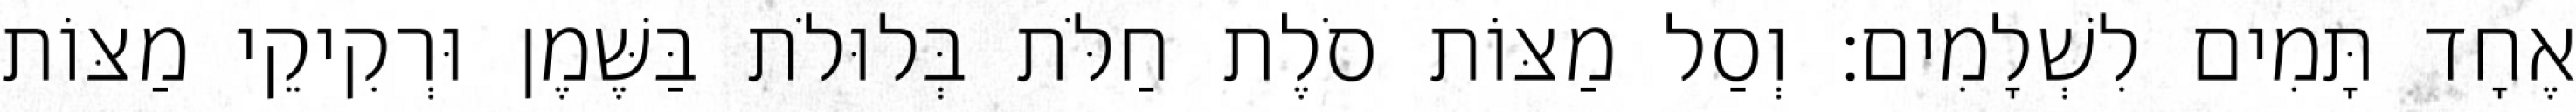
אֶחָד תָּמִים לִשְׁלָמִים׃ וְסַל מַצּוֹת סֹלֶת חַלֹּת בְּלוּלֹת בַּשֶּׁמֶן וּרְקִיקֵי מַצּוֹת